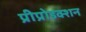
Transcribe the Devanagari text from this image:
प्रीप्रोडक्शन